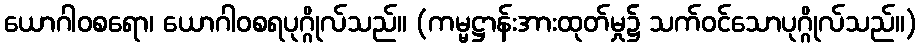
ယောဂါဝစရော၊ ယောဂါဝစရပုဂ္ဂိုလ်သည်။ (ကမ္မဋ္ဌာန်းအားထုတ်မှု၌ သက်ဝင်သောပုဂ္ဂိုလ်သည်။)